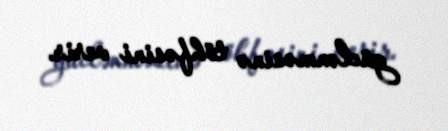
güclənməsinə töhfəsini verir.